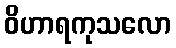
ဝိဟာရကုသလော